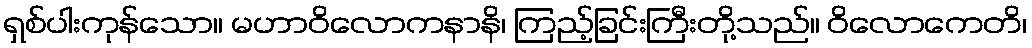
ရှစ်ပါးကုန်သော။ မဟာဝိလောကနာနိ၊ ကြည့်ခြင်းကြီးတို့သည်။ ဝိလောကေတိ၊